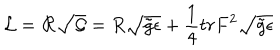
LaTeX: { \cal L } = { \cal R } \sqrt { \cal G } = { R } \sqrt { \tilde { g } \epsilon } + \frac { 1 } { 4 } t r { F } ^ { 2 } \sqrt { \tilde { g } \epsilon }